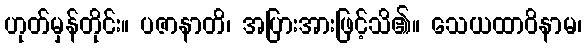
ဟုတ်မှန်တိုင်း။ ပဇာနာတိ၊ အပြားအားဖြင့်သိ၏။ သေယထာဝိနာမ၊